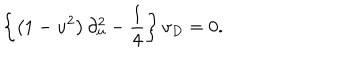
\left\{ \left( 1 - u ^ { 2 } \right) \partial _ { u } ^ { 2 } - \frac { 1 } { 4 } \right\} v _ { D } = 0 .